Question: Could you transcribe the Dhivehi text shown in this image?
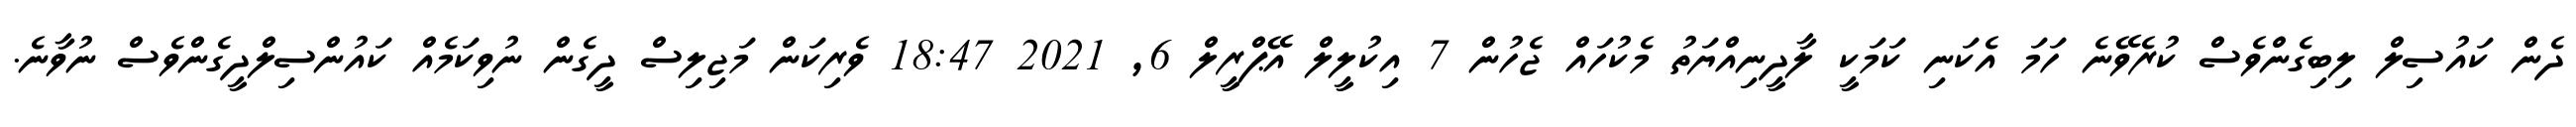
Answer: ދެން ކައުސިލް ލިބިގެންވެސް ކުރެވޭނެ ހަމަ އެކަނި ކަމަކީ ލާދީނިއްޔަތު މެކުހައް ޖެހުން 7 އިކުލީލް އޭޕްރީލް 6, 2021 18:47 ވެރިކަން މަޖިލިސް ދީގެން ނުވިކަމެއް ކައުންސިލްދީގެންވެސް ނުވާނެ.